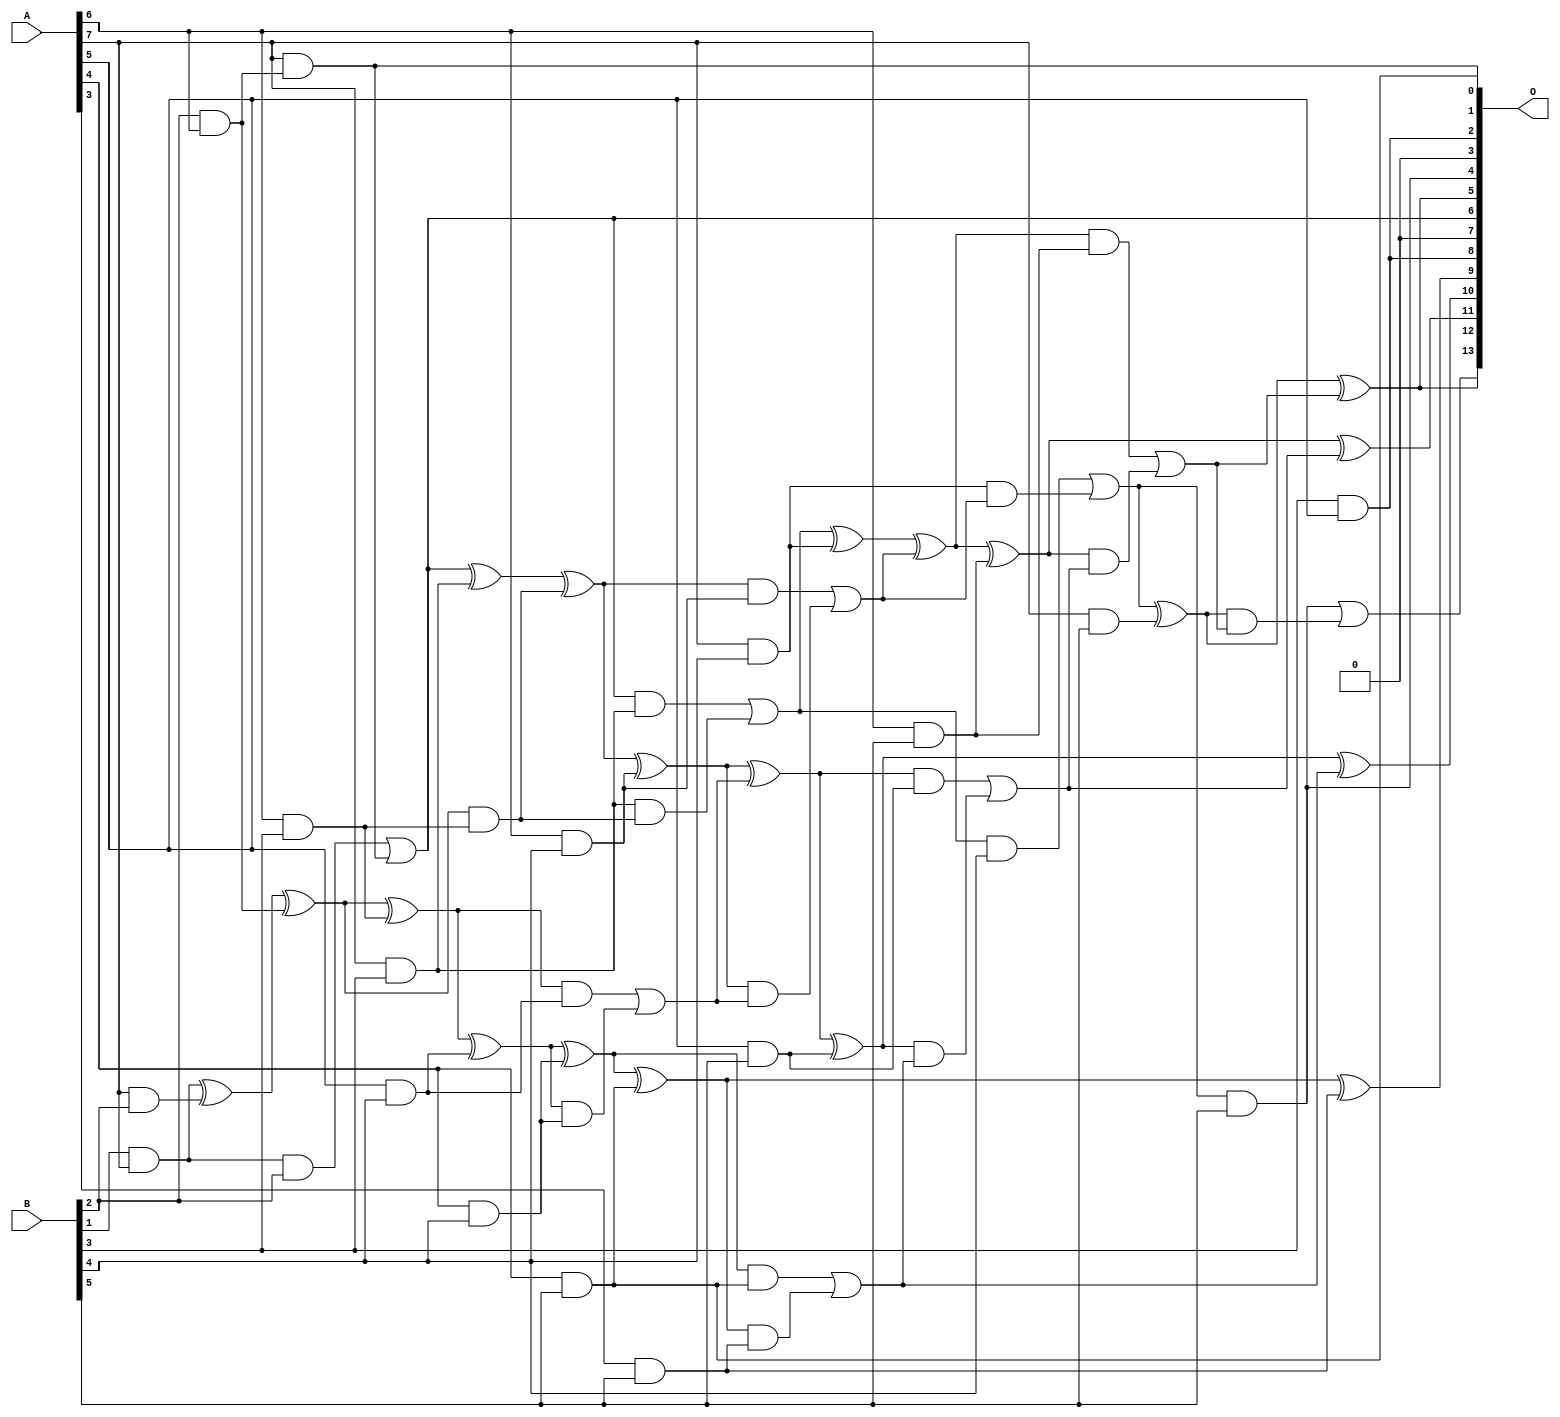
module mul8x6u_4MB (
    A,
    B,
    O
);

input [7:0] A;
input [5:0] B;
output [13:0] O;

wire sig_58,sig_62,sig_71,sig_100,sig_104,sig_105,sig_106,sig_107,sig_108,sig_115,sig_116,sig_144,sig_145,sig_149,sig_150,sig_151,sig_152,sig_153,sig_158,sig_159;
wire sig_160,sig_161,sig_184,sig_185,sig_186,sig_187,sig_188,sig_189,sig_190,sig_191,sig_192,sig_193,sig_194,sig_195,sig_196,sig_197,sig_198,sig_202,sig_203,sig_204;
wire sig_205,sig_206,sig_224,sig_225,sig_226,sig_227,sig_228,sig_229,sig_230,sig_231,sig_232,sig_233,sig_234,sig_235,sig_236,sig_237,sig_238,sig_239,sig_240,sig_241;
wire sig_242,sig_243;

assign sig_58 = B[2] & A[6];
assign sig_62 = B[1] & A[7];
assign sig_71 = A[7] & B[2];
assign sig_100 = B[3] & A[5];
assign sig_104 = sig_62 ^ sig_71;
assign sig_105 = sig_62 & B[2];
assign sig_106 = A[7] & sig_58;
assign sig_107 = sig_104 ^ sig_58;
assign sig_108 = sig_105 | sig_106;
assign sig_115 = A[6] & B[3];
assign sig_116 = A[7] & B[3];
assign sig_144 = sig_107 ^ sig_115;
assign sig_145 = sig_107 & sig_115;
assign sig_149 = sig_108 ^ sig_116;
assign sig_150 = sig_108 & sig_116;
assign sig_151 = sig_116 & sig_145;
assign sig_152 = sig_149 ^ sig_145;
assign sig_153 = sig_150 | sig_151;
assign sig_158 = A[4] & B[4];
assign sig_159 = A[5] & B[4];
assign sig_160 = A[6] & B[4];
assign sig_161 = A[7] & B[4];
assign sig_184 = sig_144 ^ sig_159;
assign sig_185 = sig_144 & sig_159;
assign sig_186 = sig_184 & sig_158;
assign sig_187 = sig_184 ^ sig_158;
assign sig_188 = sig_185 | sig_186;
assign sig_189 = sig_152 ^ sig_160;
assign sig_190 = sig_152 & sig_160;
assign sig_191 = sig_189 & sig_188;
assign sig_192 = sig_189 ^ sig_188;
assign sig_193 = sig_190 | sig_191;
assign sig_194 = sig_153 ^ sig_161;
assign sig_195 = sig_153 & B[4];
assign sig_196 = sig_161 & sig_193;
assign sig_197 = sig_194 ^ sig_193;
assign sig_198 = sig_195 | sig_196;
assign sig_202 = A[3] & B[5];
assign sig_203 = A[4] & B[5];
assign sig_204 = A[5] & B[5];
assign sig_205 = A[6] & B[5];
assign sig_206 = A[7] & B[5];
assign sig_224 = sig_187 ^ sig_203;
assign sig_225 = sig_187 & sig_203;
assign sig_226 = sig_224 & sig_202;
assign sig_227 = sig_224 ^ sig_202;
assign sig_228 = sig_225 | sig_226;
assign sig_229 = sig_192 ^ sig_204;
assign sig_230 = sig_192 & sig_204;
assign sig_231 = sig_229 & sig_228;
assign sig_232 = sig_229 ^ sig_228;
assign sig_233 = sig_230 | sig_231;
assign sig_234 = sig_197 ^ sig_205;
assign sig_235 = sig_197 & sig_205;
assign sig_236 = sig_234 & sig_233;
assign sig_237 = sig_234 ^ sig_233;
assign sig_238 = sig_235 | sig_236;
assign sig_239 = sig_198 ^ sig_206;
assign sig_240 = sig_198 & B[5];
assign sig_241 = sig_239 & sig_238;
assign sig_242 = sig_239 ^ sig_238;
assign sig_243 = sig_240 | sig_241;

assign O[13] = sig_243;
assign O[12] = sig_242;
assign O[11] = sig_237;
assign O[10] = sig_232;
assign O[9] = sig_227;
assign O[8] = sig_100;
assign O[7] = 1'b0;
assign O[6] = sig_108;
assign O[5] = sig_242;
assign O[4] = sig_240;
assign O[3] = 1'b0;
assign O[2] = sig_100;
assign O[1] = sig_106;
assign O[0] = sig_203;

endmodule